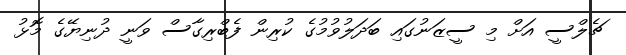
ޗެލްސީ އަށް މި ސީޒަނުގައި ބަދަލުވުމުގެ ކުރިން ފެބްރިގާސް ވަނީ ދުނިޔޭގެ މޮޅު